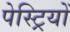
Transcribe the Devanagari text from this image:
पेस्ट्रियों